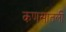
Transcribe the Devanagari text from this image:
कणसातली